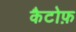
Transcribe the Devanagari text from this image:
कैटोफ़